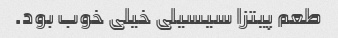
طعم پیتزا سیسیلی خیلی خوب بود.